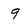
Character: 9